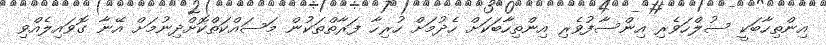
އިންތިހާބަކީ ސުލްހަވެރި އިންސާފުވެރި އިންތިހާބަކަށް ހެދުމަށް ހުރިހާ ފަރާތްތަކުން މަސައްކަތްކޮށްދިނުމަށް އޭނާ ގޮވައިލެއްވި